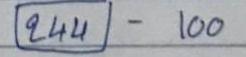
(244) - 100